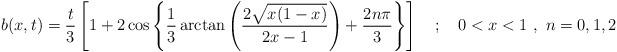
LaTeX: \begin{align*}b(x,t)=\frac{t}{3}\left[1+2\cos\left\{\frac{1}{3}\arctan\left(\frac{2\sqrt{x(1-x)}}{2x-1}\right)+\frac{2n\pi}{3}\right\}\right]~~~;~~~0<x<1~,~n=0,1,2\end{align*}